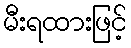
မီးရထားဖြင့်